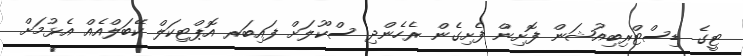
ޓީގެ ޑިސްޓްރިބިއުޝަން ފޮށިން ފެށިގެން ރެހެންދި ސްކޫލަށް ފައިބަރ އޮޕްޓިކަލް ކޭބަލްއެއް އެޅުމަށް